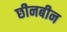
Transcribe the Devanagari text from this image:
छीनबीन